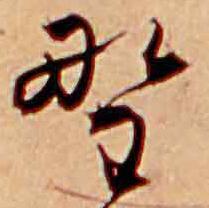
野